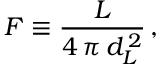
{ \cal F } \equiv \frac { L } { 4 \, \pi \, d _ { L } ^ { \, 2 } } \, ,